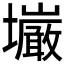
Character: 𫮿